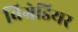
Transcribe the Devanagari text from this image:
बिग्रेडियर